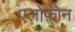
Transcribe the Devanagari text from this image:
एलोफ़ोन